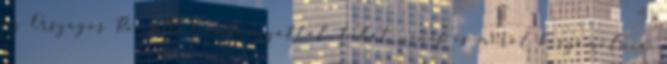
az Országos Roma Önkormányzattól, tehát nincs is miről beszámolnia.